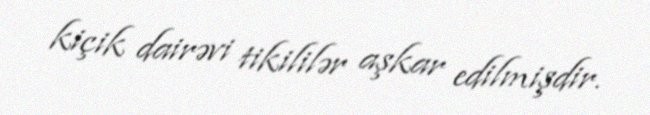
kiçik dairəvi tikililər aşkar edilmişdir.